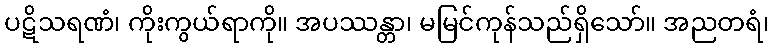
ပဋိသရဏံ၊ ကိုးကွယ်ရာကို။ အပဿန္တာ၊ မမြင်ကုန်သည်ရှိသော်။ အညတရံ၊